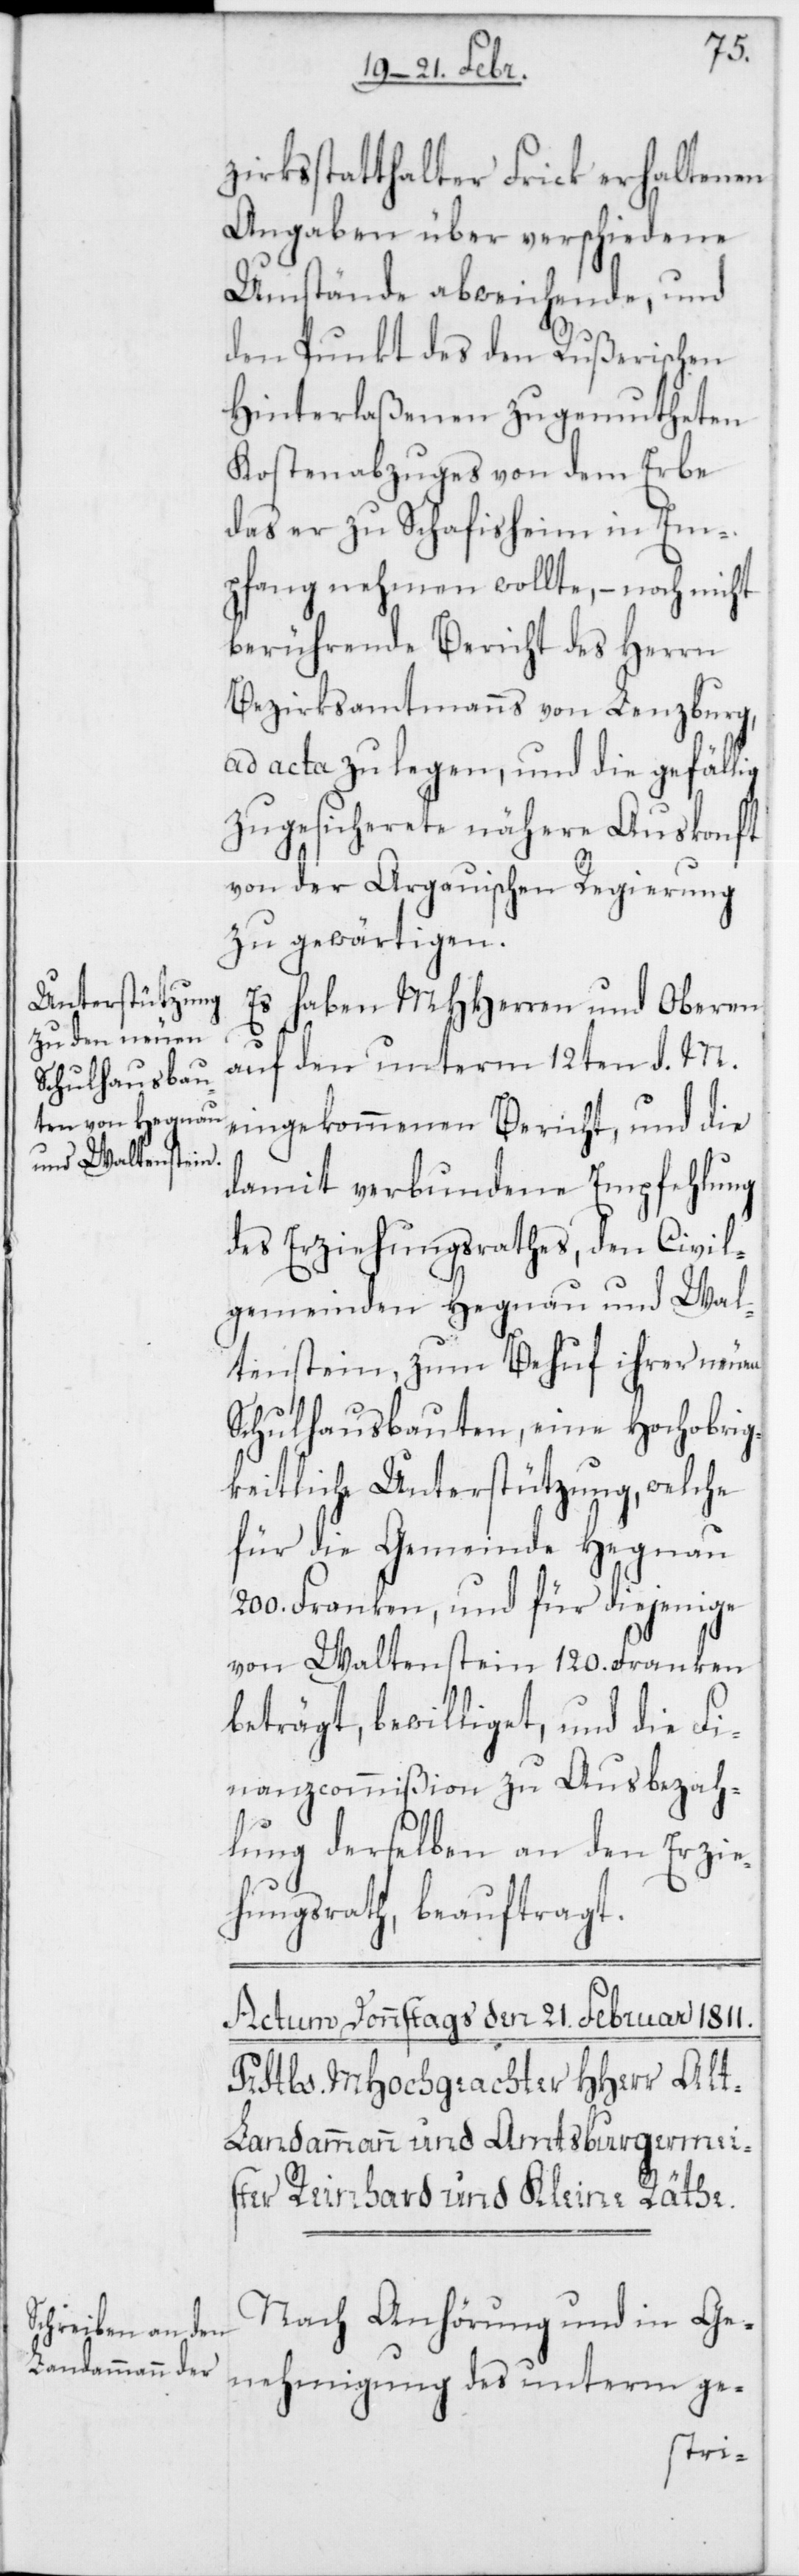
zirksstatthalter Frick erhaltenen
Angaben über verschiedene
Umstände abweichende, und
den Punkt des den Rußerischen
Hinterlaßenen zugemutheten
Kostenabzuges von dem Erbe
das er zu Schafisheim in Em¬
pfang nehmen wollte, – noch nicht
berührende Bericht des Herrn
Bezirksamtmanns von Lenzburg,
ad acta zu legen, und die gefällig
zugesicherete nähere Auskonft
von der Argauischen Regierung
zu gewärtigen.
Es haben MHHerren und Oberen
auf den unterm 12ten d. M.
eingekommenen Bericht, und die
damit verbundene Empfehlung
des Erziehungsrathes, den Civil¬
gemeinden Hegnau und Wal¬
tenstein, zum Behuf ihrer neuen
Schulhausbauten, eine Hochobrig¬
keitliche Unterstützung, welche
für die Gemeinde Hegnau
200. Franken, und für diejenige
von Waltenstein 120. Franken
beträgt, bewilliget, und die Fi¬
nanzcommißion zu Ausbezah¬
lung derselben an den Erzie¬
hungsrath, beauftragt.
Nach Anhörung und in Ge¬
nehmigung